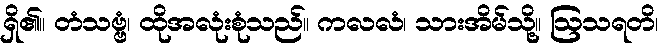
ရှိ၏။ တံသဗ္ဗံ၊ ထိုအလုံးစုံသည်။ ကလလံ၊ သားအိမ်သို့။ ဩသရတိ၊